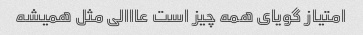
امتیاز گویای همه چیز است عااالی مثل همیشه